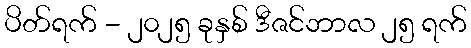
ပိတ်ရက် - ၂၀၂၅ ခုနှစ် ဒီဇင်ဘာလ ၂၅ ရက်